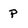
Character: P